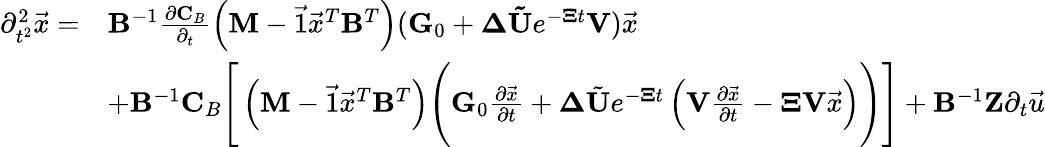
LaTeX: \begin{array}{rl}{\partial_{t^{2}}^{2}\vec{x}=}&{\mathbf{B}^{-1}\frac{\partial\mathbf{C}_{B}}{\partial_{t}}\left(\mathbf{M}-\vec{1}\vec{x}^{T}\mathbf{B}^{T}\right)(\mathbf{G}_{0}+\mathbf{\Delta}\mathbf{\tilde{U}}e^{-\mathbf{\Xi}t}\mathbf{V})\vec{x}}\\ &{+\mathbf{B}^{-1}\mathbf{C}_{B}\Bigg[\left(\mathbf{M}-\vec{1}\vec{x}^{T}\mathbf{B}^{T}\right)\Bigg(\mathbf{G}_{0}\frac{\partial\vec{x}}{\partial t}+\mathbf{\Delta}\tilde{\mathbf{U}}e^{-\mathbf{\Xi}t}\left(\mathbf{V}\frac{\partial\vec{x}}{\partial t}-\mathbf{\Xi}\mathbf{V}\vec{x}\right)\Bigg)\Bigg]+\mathbf{B}^{-1}\mathbf{Z}\partial_{t}\vec{u}}\end{array}